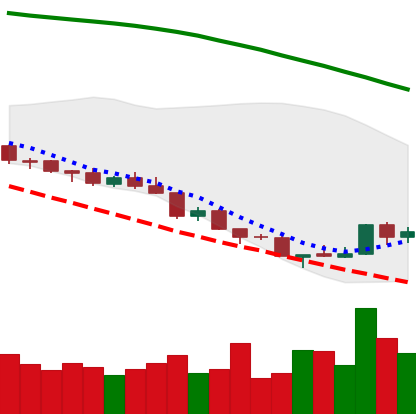
Ticker: NEO-USD
Chart end date: 2018-08-19
Forward return: -8.804%
Label: down_7plus